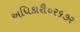
અધિકારી૦ર૬૭ર